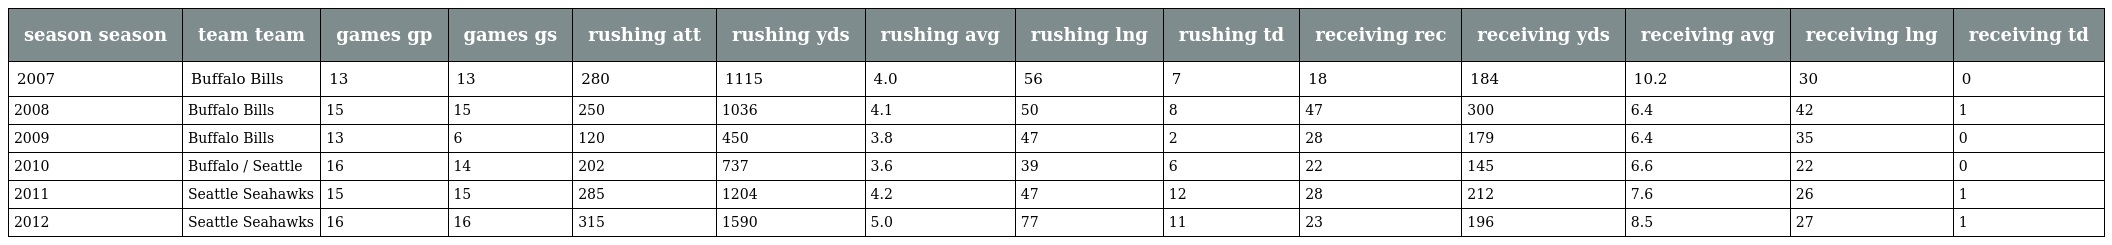
| season season | team team | games gp | games gs | rushing att | rushing yds | rushing avg | rushing lng | rushing td | receiving rec | receiving yds | receiving avg | receiving lng | receiving td |
 | --- | --- | --- | --- | --- | --- | --- | --- | --- | --- | --- | --- | --- | --- |
 | 2007 | Buffalo Bills | 13 | 13 | 280 | 1115 | 4.0 | 56 | 7 | 18 | 184 | 10.2 | 30 | 0 |
 | 2008 | Buffalo Bills | 15 | 15 | 250 | 1036 | 4.1 | 50 | 8 | 47 | 300 | 6.4 | 42 | 1 |
 | 2009 | Buffalo Bills | 13 | 6 | 120 | 450 | 3.8 | 47 | 2 | 28 | 179 | 6.4 | 35 | 0 |
 | 2010 | Buffalo / Seattle | 16 | 14 | 202 | 737 | 3.6 | 39 | 6 | 22 | 145 | 6.6 | 22 | 0 |
 | 2011 | Seattle Seahawks | 15 | 15 | 285 | 1204 | 4.2 | 47 | 12 | 28 | 212 | 7.6 | 26 | 1 |
 | 2012 | Seattle Seahawks | 16 | 16 | 315 | 1590 | 5.0 | 77 | 11 | 23 | 196 | 8.5 | 27 | 1 |